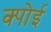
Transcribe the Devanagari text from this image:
क्पोई